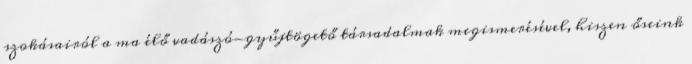
szokásairól a ma élő vadászó-gyűjtögető társadalmak megismerésével, hiszen őseink